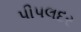
પીપલદર